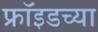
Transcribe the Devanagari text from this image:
फ्राॅइडच्या